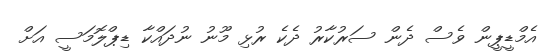
އެމްޑީޕީން ވެސް ދެން ސަރުކާރު ދެކެ ރުޅި މޫނު ނުދައްކާ ޑިޕްލޮމަސީ އަށް